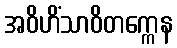
အဝိဟိံသာဝိတက္ကေန